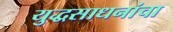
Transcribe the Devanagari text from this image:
युद्धसाधनांचा